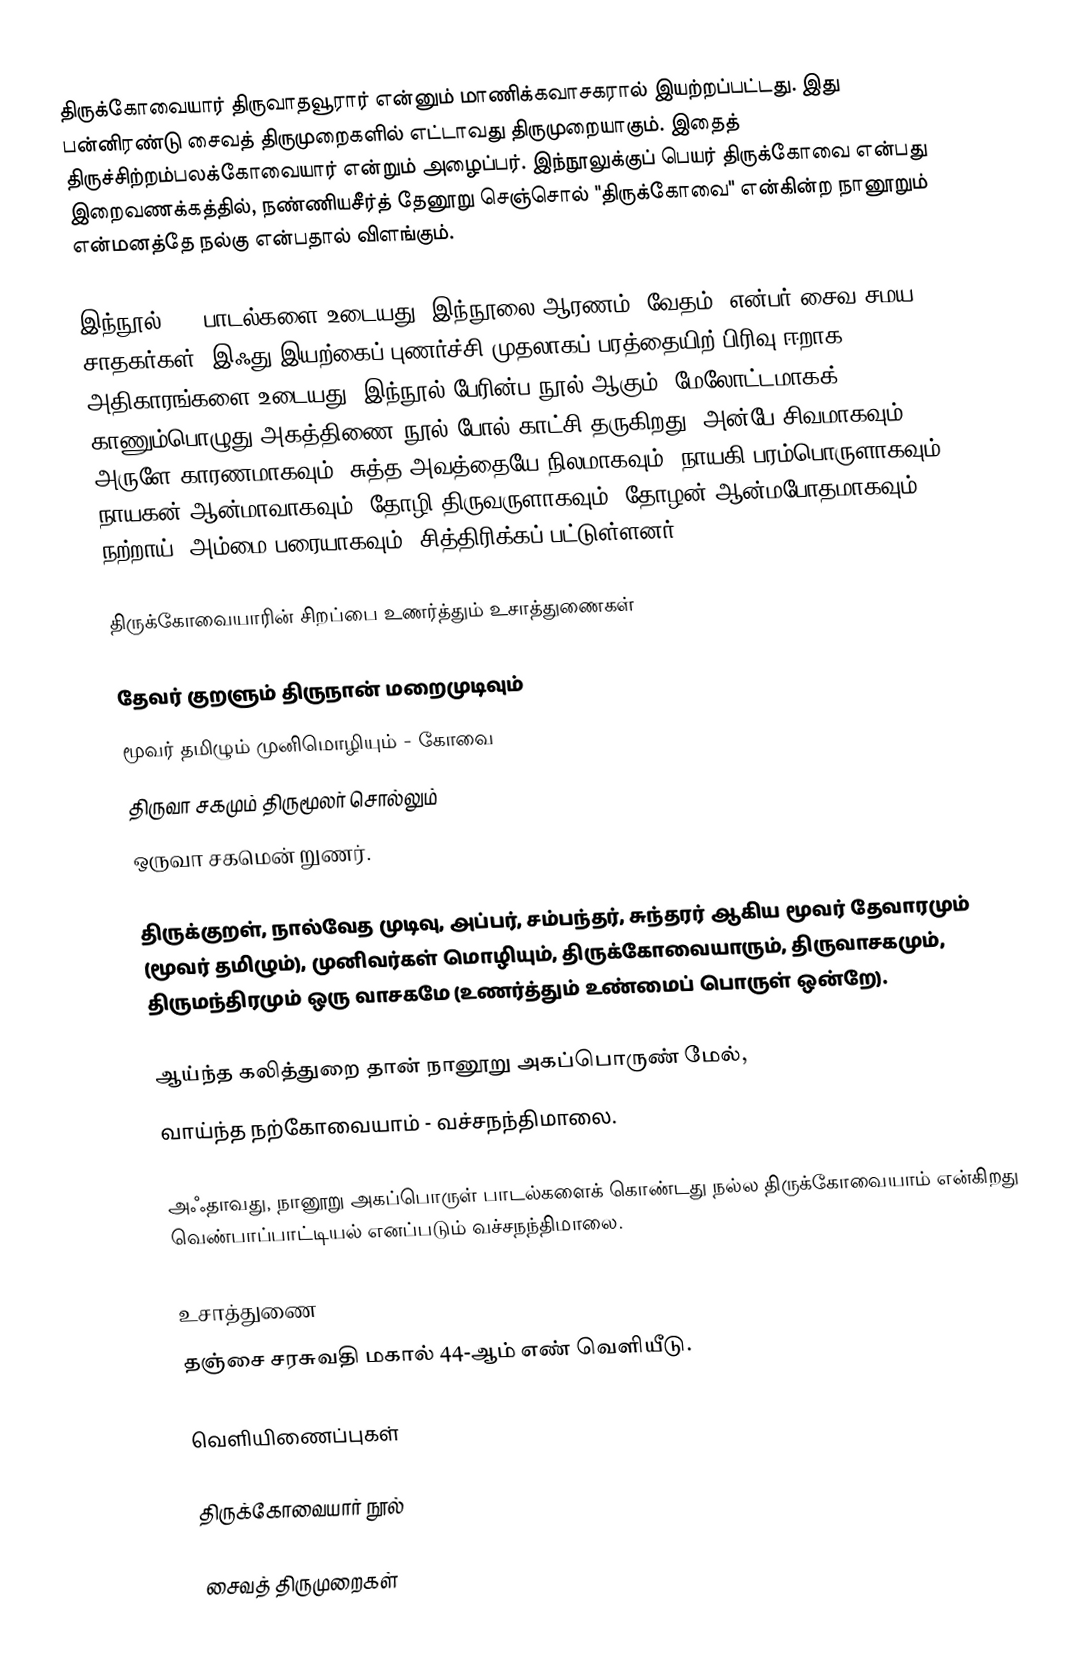
திருக்கோவையார் திருவாதவூரார் என்னும் மாணிக்கவாசகரால் இயற்றப்பட்டது. இது பன்னிரண்டு சைவத் திருமுறைகளில் எட்டாவது திருமுறையாகும். இதைத் திருச்சிற்றம்பலக்கோவையார் என்றும் அழைப்பர். இந்நூலுக்குப் பெயர் திருக்கோவை என்பது இறைவணக்கத்தில், நண்ணியசீர்த் தேனூறு செஞ்சொல் "திருக்கோவை" என்கின்ற நானூறும் என்மனத்தே நல்கு என்பதால் விளங்கும்.

இந்நூல் 400 பாடல்களை உடையது. இந்நூலை ஆரணம் (வேதம்) என்பர் சைவ சமய சாதகர்கள். இஃது இயற்கைப் புணர்ச்சி முதலாகப் பரத்தையிற் பிரிவு ஈறாக 25 அதிகாரங்களை உடையது. இந்நூல் பேரின்ப நூல் ஆகும். மேலோட்டமாகக் காணும்பொழுது அகத்திணை நூல் போல் காட்சி தருகிறது. அன்பே சிவமாகவும், அருளே காரணமாகவும், சுத்த அவத்தையே நிலமாகவும், நாயகி பரம்பொருளாகவும், நாயகன் ஆன்மாவாகவும், தோழி திருவருளாகவும், தோழன் ஆன்மபோதமாகவும், நற்றாய் (அம்மை)பரையாகவும், சித்திரிக்கப் பட்டுள்ளனர்.

திருக்கோவையாரின் சிறப்பை உணர்த்தும் உசாத்துணைகள்

தேவர் குறளும் திருநான் மறைமுடிவும்
மூவர் தமிழும் முனிமொழியும் - கோவை
திருவா சகமும் திருமூலர் சொல்லும்
ஒருவா சகமென் றுணர்.

திருக்குறள், நால்வேத முடிவு, அப்பர், சம்பந்தர், சுந்தரர் ஆகிய மூவர் தேவாரமும் (மூவர் தமிழும்), முனிவர்கள் மொழியும், திருக்கோவையாரும், திருவாசகமும், திருமந்திரமும் ஒரு வாசகமே (உணர்த்தும் உண்மைப் பொருள் ஒன்றே).

ஆய்ந்த கலித்துறை தான் நானூறு அகப்பொருண் மேல்,
வாய்ந்த நற்கோவையாம் - வச்சநந்திமாலை.

அஃதாவது, நானூறு அகப்பொருள் பாடல்களைக் கொண்டது நல்ல திருக்கோவையாம் என்கிறது வெண்பாப்பாட்டியல் எனப்படும் வச்சநந்திமாலை.

உசாத்துணை
 தஞ்சை சரசுவதி மகால் 44-ஆம் எண் வெளியீடு.

வெளியிணைப்புகள்

திருக்கோவையார் நூல்

சைவத் திருமுறைகள்